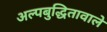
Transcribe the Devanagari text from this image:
अल्पबुद्धितावाले